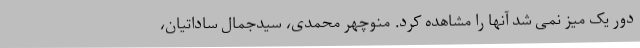
دور یک میز نمی شد آنها را مشاهده کرد. منوچهر محمدی، سیدجمال ساداتیان،